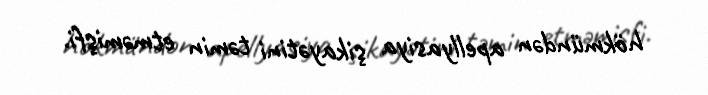
hökmündən apellyasiya şikayətini təmin etməmişfi.